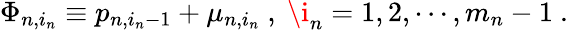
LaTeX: \Phi_{n,i_{n}}\equiv p_{n,i_{n}-1}+\mu_{n,i_{n}}\ ,\ \i_{n}=1,2,\cdots,m_{n}-1\ .